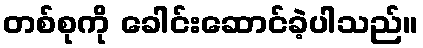
တစ်စုကို ခေါင်းဆောင်ခဲ့ပါသည်။